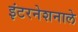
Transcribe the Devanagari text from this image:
इंटरनेशनाले